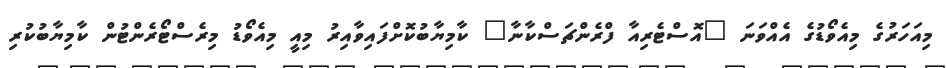
މިއަހަރުގެ މިއެވޯޑުގެ އެއްވަނަ "އޮސްޓެރިއާ ފްރެންޗަސްކާނާ" ކާމިޔާބުކޮށްފައިވާއިރު މިއީ މިއެވޯޑު މިރެސްޓޯރެންޓުން ކާމިޔާބުކުރި